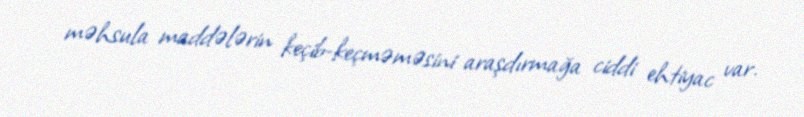
məhsula maddələrin keçib-keçməməsini araşdırmağa ciddi ehtiyac var.